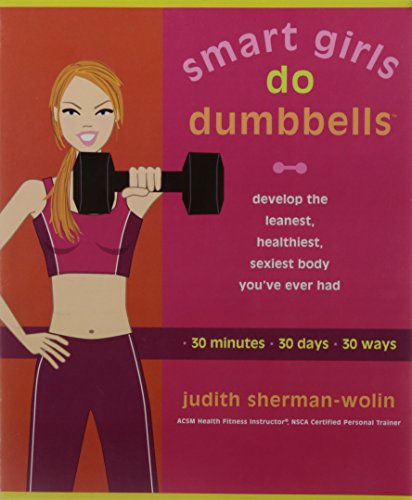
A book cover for Smart Girls Do Dumbbells; Judith Sherman-Wolin; Health, Fitness & Dieting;